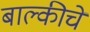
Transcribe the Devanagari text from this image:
बाल्कीचे